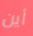
أين